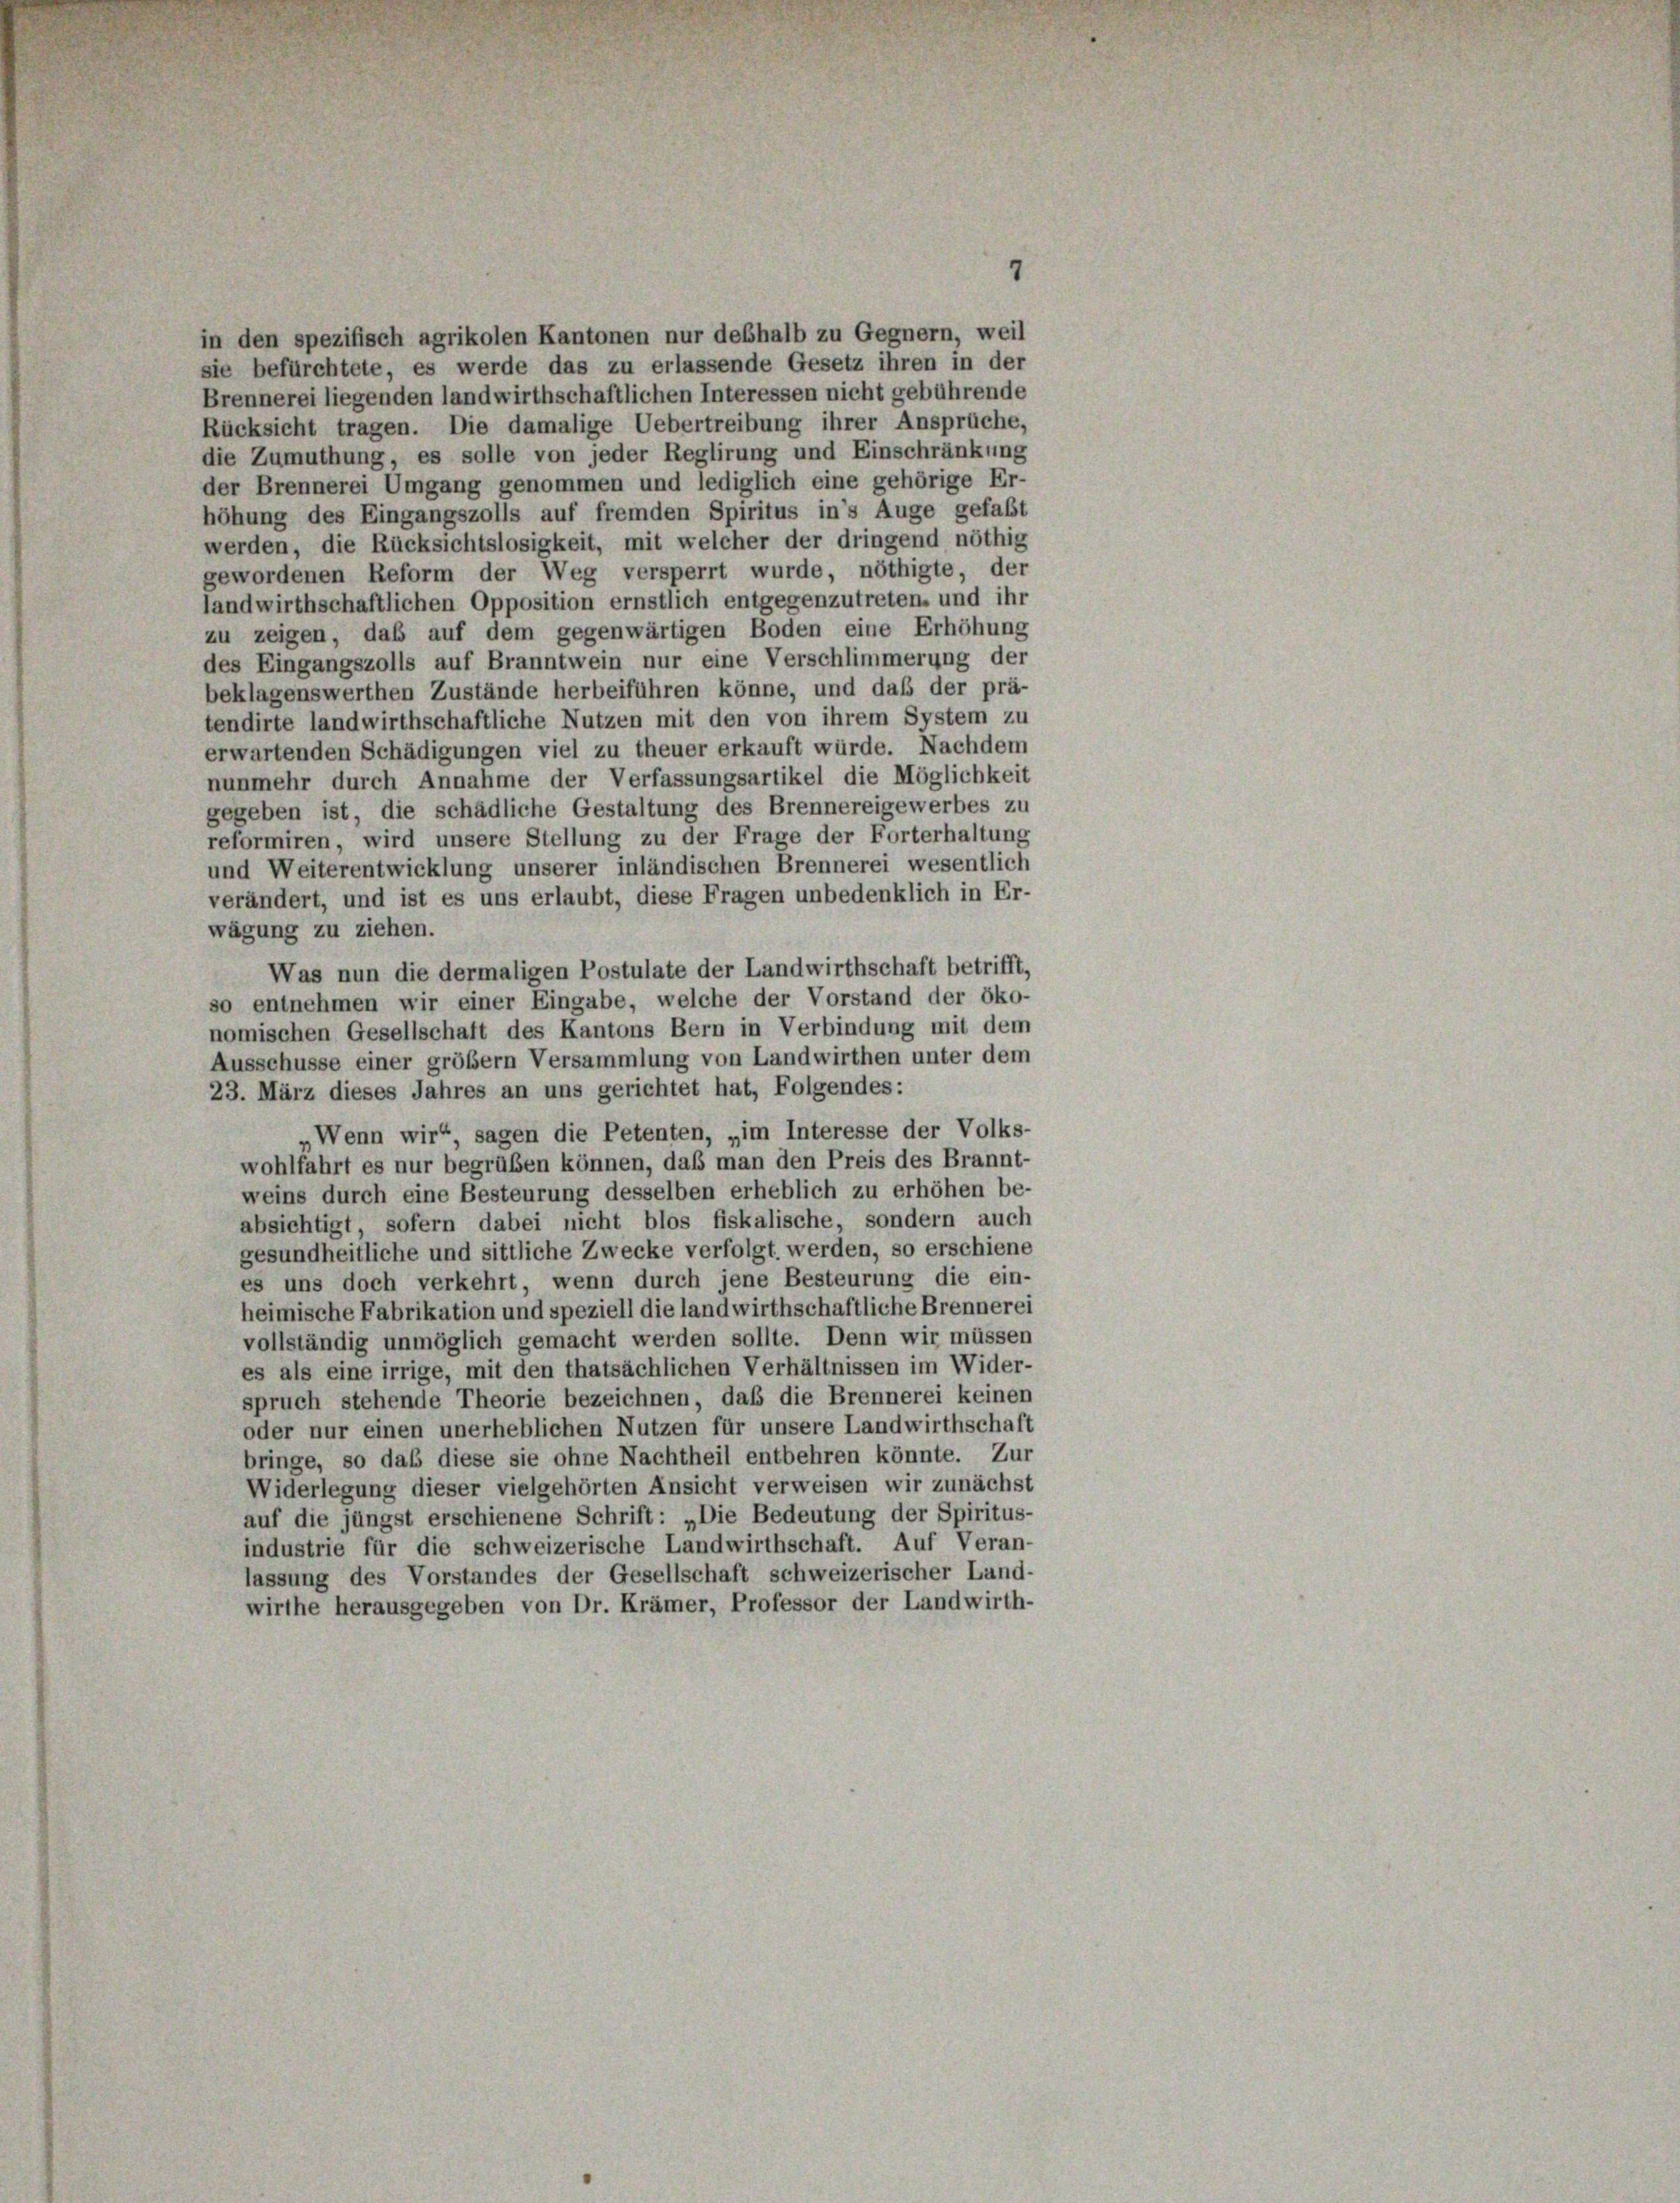
in den spezifisch agrikolen Kantonen nur deßhalb zu Gegnern, weil
sie befürchtete, es werde das zu erlassende Gesetz ihren in der
Brennerei liegenden landwirthschaftlichen Interessen nicht gebührende
Rücksicht tragen. Die damalige Uebertreibung ihrer Ansprüche,
die Zumuthung, es solle von jeder Reglirung und Einschränkung
der Brennerei Umgang genommen und lediglich eine gehörige Er-
höhung des Eingangszolls auf fremden Spiritus in’s Auge gefaßt
werden, die Rücksichtslosigkeit, mit welcher der dringend nöthig
gewordenen Reform der Weg versperrt wurde, nöthigte, der
landwirthschaftlichen Opposition ernstlich entgegenzutreten, und ihr
zu zeigen, daß auf dem gegenwärtigen Boden eine Erhöhung
des Eingangszolls auf Branntwein nur eine Verschlimmerung der
beklagenswerthen Zustände herbeiführen könne, und daß der prä-
tendirte landwirthschaftliche Nutzen mit den von ihrem System zu
erwartenden Schädigungen viel zu theuer erkauft würde. Nachdem
nunmehr durch Annahme der Verfassungsartikel die Möglichkeit
gegeben ist, die schädliche Gestaltung des Brennereigewerbes zu
reformiren, wird unsere Stellung zu der Frage der Forterhaltung
und Weiterentwicklung unserer inländischen Brennerei wesentlich
verändert, und ist es uns erlaubt, diese Fragen unbedenklich in Er-
wägung zu ziehen.
Was nun die dermaligen Postulate der Landwirthschaft betrifft,
so entnehmen wir einer Eingabe, welche der Vorstand der öko-
nomischen Gesellschaft des Kantons Bern in Verbindung mit dem
Ausschüsse einer größer Versammlung von Landwirthen unter dem
23. März dieses Jahres an uns gerichtet hat, Folgendes:
Wenn wir“, sagen die Petenten, „im Interesse der Volks-
wohlfahrt es nur begrüßen können, daß man den Preis des Brannt-
weins durch eine Besteurung desselben erheblich zu erhöhen be-
absichtigt, sofern dabei nicht blos fiskalische, sondern auch
gesundheitliche und sittliche Zwecke verfolgt. werden, so erschiene
es uns doch verkehrt, wenn durch jene Besteurung die ein-
heimische Fabrikation und speziell die landwirthschaftliche Brennerei
vollständig unmöglich gemacht werden sollte. Denn wir müssen
es als eine irrige, mit den thatsächlichen Verhältnissen im Wider-
spruch stehende Theorie bezeichnen, daß die Brennerei keinen
oder nur einen unerheblichen Nutzen für unsere Landwirthschaft
bringe, so das diese sie ohne Nachtheil entbehren könnte. Zur
Widerlegung dieser vielgehörten Ansicht verweisen wir zunächst
auf die jüngst erschienene Schrift: „Die Bedeutung der Spiritus-
industrie für die schweizerische Landwirthschaft. Auf Veran-
lassung des Vorstandes der Gesellschaft schweizerischer Land-
wirthe herausgegeben von Dr. Krämer, Professor der Landwirth-